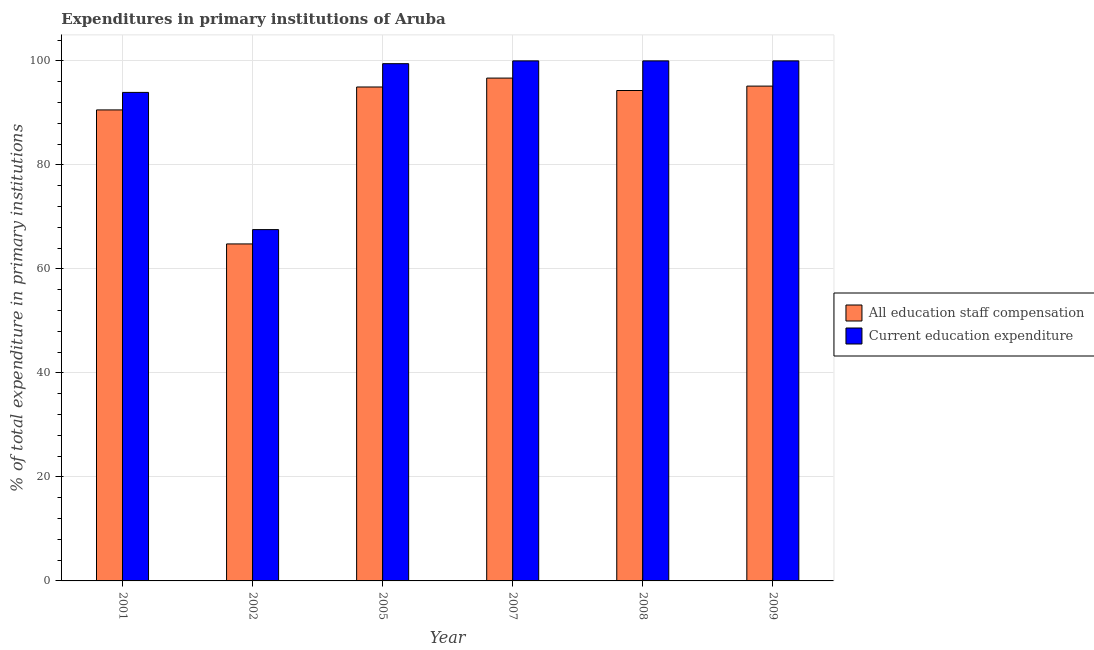
| Year | All education staff compensation | Current education expenditure |
 | --- | --- | --- |
 | 2001 | 90.6 | 93.9 |
 | 2002 | 64.8 | 67.6 |
 | 2005 | 95 | 99.5 |
 | 2007 | 96.7 | 100 |
 | 2008 | 94.3 | 100 |
 | 2009 | 95.2 | 100 |